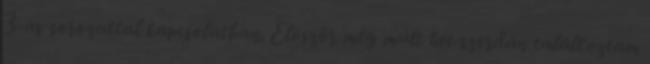
3-as sorozattal kapcsolatban. Először még múlt hét szerdán találkoztam